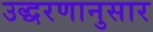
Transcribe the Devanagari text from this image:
उद्धरणानुसार